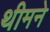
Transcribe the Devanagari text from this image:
थीमने